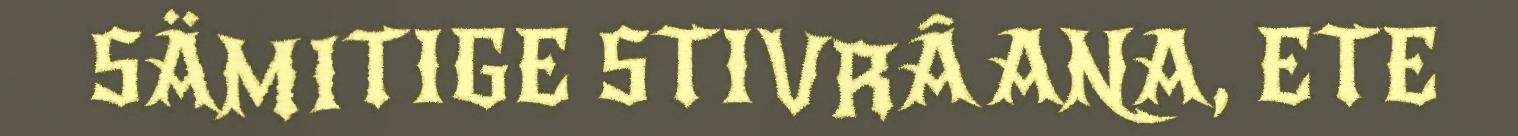
SÄMITIGE STIVRÂ ANA, ETE